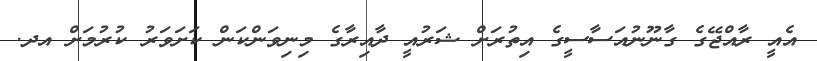
އެއީ ރާއްޖޭގެ ގާނޫނުއަސާސީގެ އިތުރަށް ޝަރުއީ ދާއިރާގެ މިނިވަންކަން ކަށަވަރު ކުރުމަށް އދ.